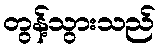
တွန့်သွားသည်